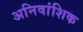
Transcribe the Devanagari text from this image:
अनिवांशिक